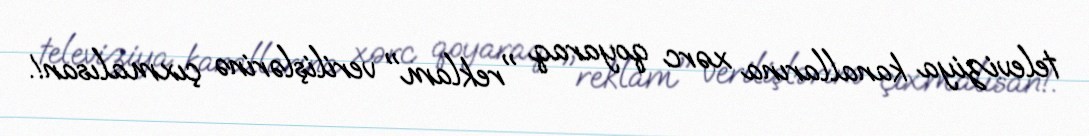
televiziya kanallarına xərc qoyaraq "reklam" verilişlərinə çıxmalısan!.